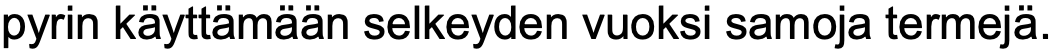
pyrin käyttämään selkeyden vuoksi samoja termejä.